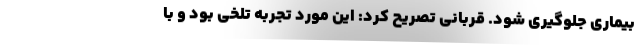
بیماری جلوگیری شود. قربانی تصریح کرد: این مورد تجربه تلخی بود و با